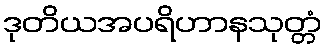
ဒုတိယအပရိဟာနသုတ္တံ